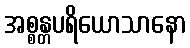
အစ္စန္တပရိယောသာနော